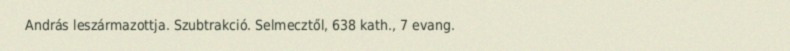
András leszármazottja. Szubtrakció. Selmecztől, 638 kath., 7 evang.